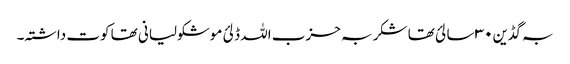
بہ گڈین ۳۰ سالئ تھا شکر بہ حزب اللہ ڈلئ موشکولیانی تھا کوت داشتہ۔